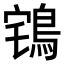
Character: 𪀥